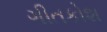
ગીતકોશ